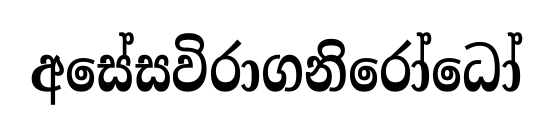
අසේසවිරාගනිරෝධෝ